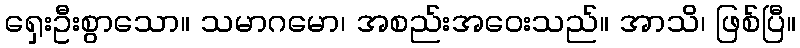
ရှေးဦးစွာသော။ သမာဂမော၊ အစည်းအဝေးသည်။ အာသိ၊ ဖြစ်ပြီ။